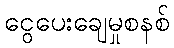
ငွေပေးချေမှုစနစ်